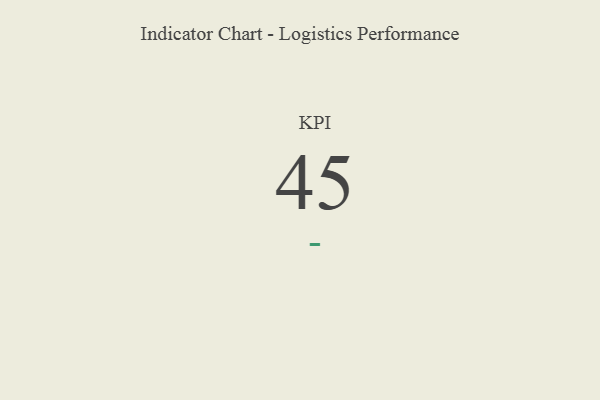
{"axis": {"x": "KPI", "y": "Value"}, "legend": [""], "data": [{"x": "KPI", "y": 45, "type": ""}]}